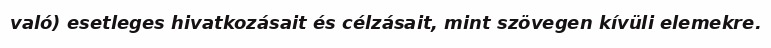
való) esetleges hivatkozásait és célzásait, mint szövegen kívüli elemekre.